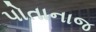
પોતાનાજ